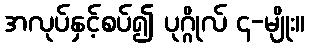
အလုပ်နှင့်စပ်၍ ပုဂ္ဂိုလ် ၄-မျိုး။